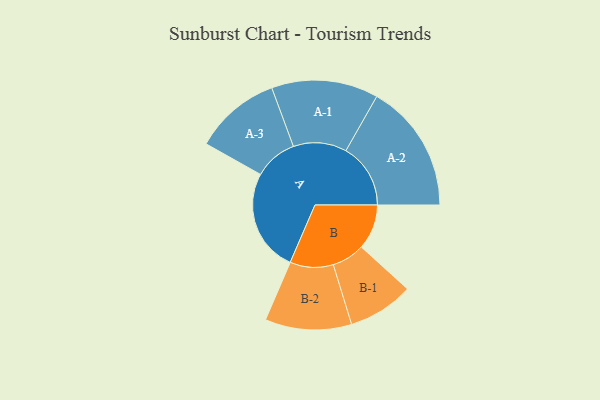
{"axis": {"x": "Segment", "y": "Value"}, "legend": ["", "A", "B"], "data": [{"x": "A", "y": 375, "type": ""}, {"x": "B", "y": 165, "type": ""}, {"x": "A-1", "y": 195, "type": "A"}, {"x": "A-2", "y": 236, "type": "A"}, {"x": "A-3", "y": 158, "type": "A"}, {"x": "B-1", "y": 120, "type": "B"}, {"x": "B-2", "y": 158, "type": "B"}]}